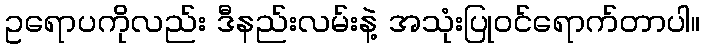
ဥရောပကိုလည်း ဒီနည်းလမ်းနဲ့ အသုံးပြုဝင်ရောက်တာပါ။